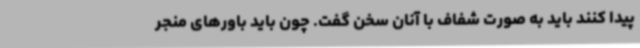
پیدا کنند باید به صورت شفاف با آنان سخن گفت. چون باید باورهای منجر